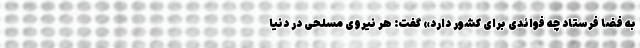
به فضا فرستاد چه فوائدی برای کشور دارد» گفت: هر نیروی مسلحی در دنیا